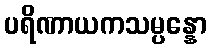
ပရိဏာယကသမ္ပန္နော